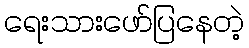
ရေးသားဖော်ပြနေတဲ့